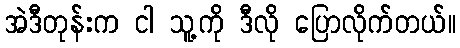
အဲဒီတုန်းက ငါ သူ့ကို ဒီလို ပြောလိုက်တယ်။